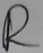
Text: R